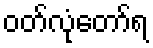
ဝတ်လုံတော်ရ